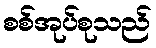
စစ်အုပ်စုသည်